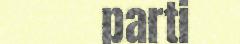
parti